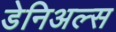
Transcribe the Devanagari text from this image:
डेनिअल्स